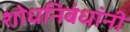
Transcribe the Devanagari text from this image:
शोधनिबंधांनी